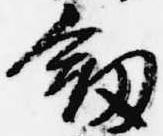
剣